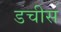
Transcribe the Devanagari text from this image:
डचीस